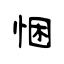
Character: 悃